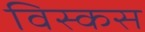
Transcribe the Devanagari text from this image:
विस्कस